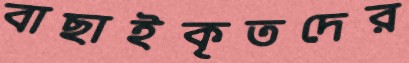
বাছাইকৃতদের